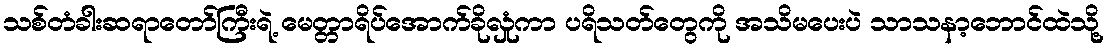
သစ်တံခါးဆရာတော်ကြီးရဲ့ မေတ္တာရိပ်အောက်ခိုလှုံကာ ပရိသတ်တွေကို အသိမပေးပဲ သာသနာ့ဘောင်ထဲသို့